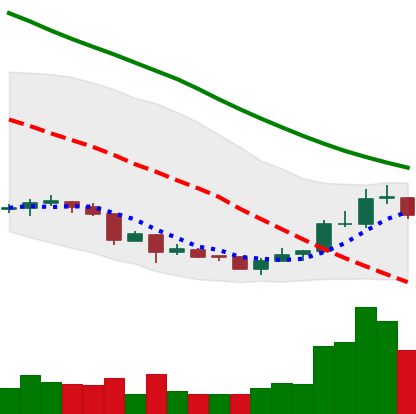
Ticker: NEO-USD
Chart end date: 2018-07-06
Forward return: -9.917%
Label: down_7plus